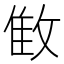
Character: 𰕌